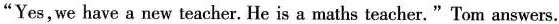
"Yes, we have a new teacher. He is a maths teacher." Tom answers.